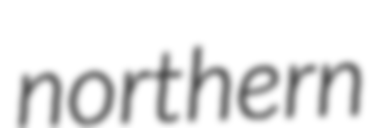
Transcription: northern